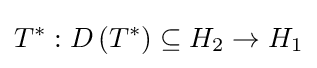
T^{*}:D\left(T^{*}\right)\subseteq H_{2}\to H_{1}